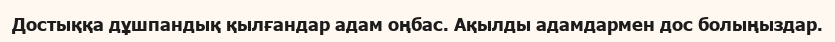
Достыққа дұшпандық қылғандар адам оңбас. Ақылды адамдармен дос болыңыздар.